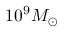
1 0 ^ { 9 } M _ { \odot }